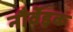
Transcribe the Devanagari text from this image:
नौर्वेइक